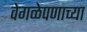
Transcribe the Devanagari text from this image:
वेगळेपणाच्या